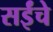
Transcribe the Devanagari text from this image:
सईंचे